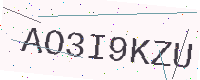
Text: AO3I9KZU